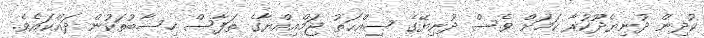
ކުދިން ދުނިޔެދޫކުރާ ކަމަށް ވެސް ދުނިޔޭގެ ޞިއްޙަތު ޖަމްއިއްޔާގެ ތަފާސް ހިސާބުތަކުން ދައްކައެވެ.